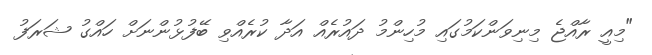
"މިއީ ރާއްޖެ މިނިވަންކަމުގައި މުހިންމު ދައުރެއް އަދާ ކުރެއްވި ބޭފުޅުންނަށް ހައްގު ޝަރަފު